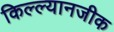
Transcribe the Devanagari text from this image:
किल्ल्यानजीक